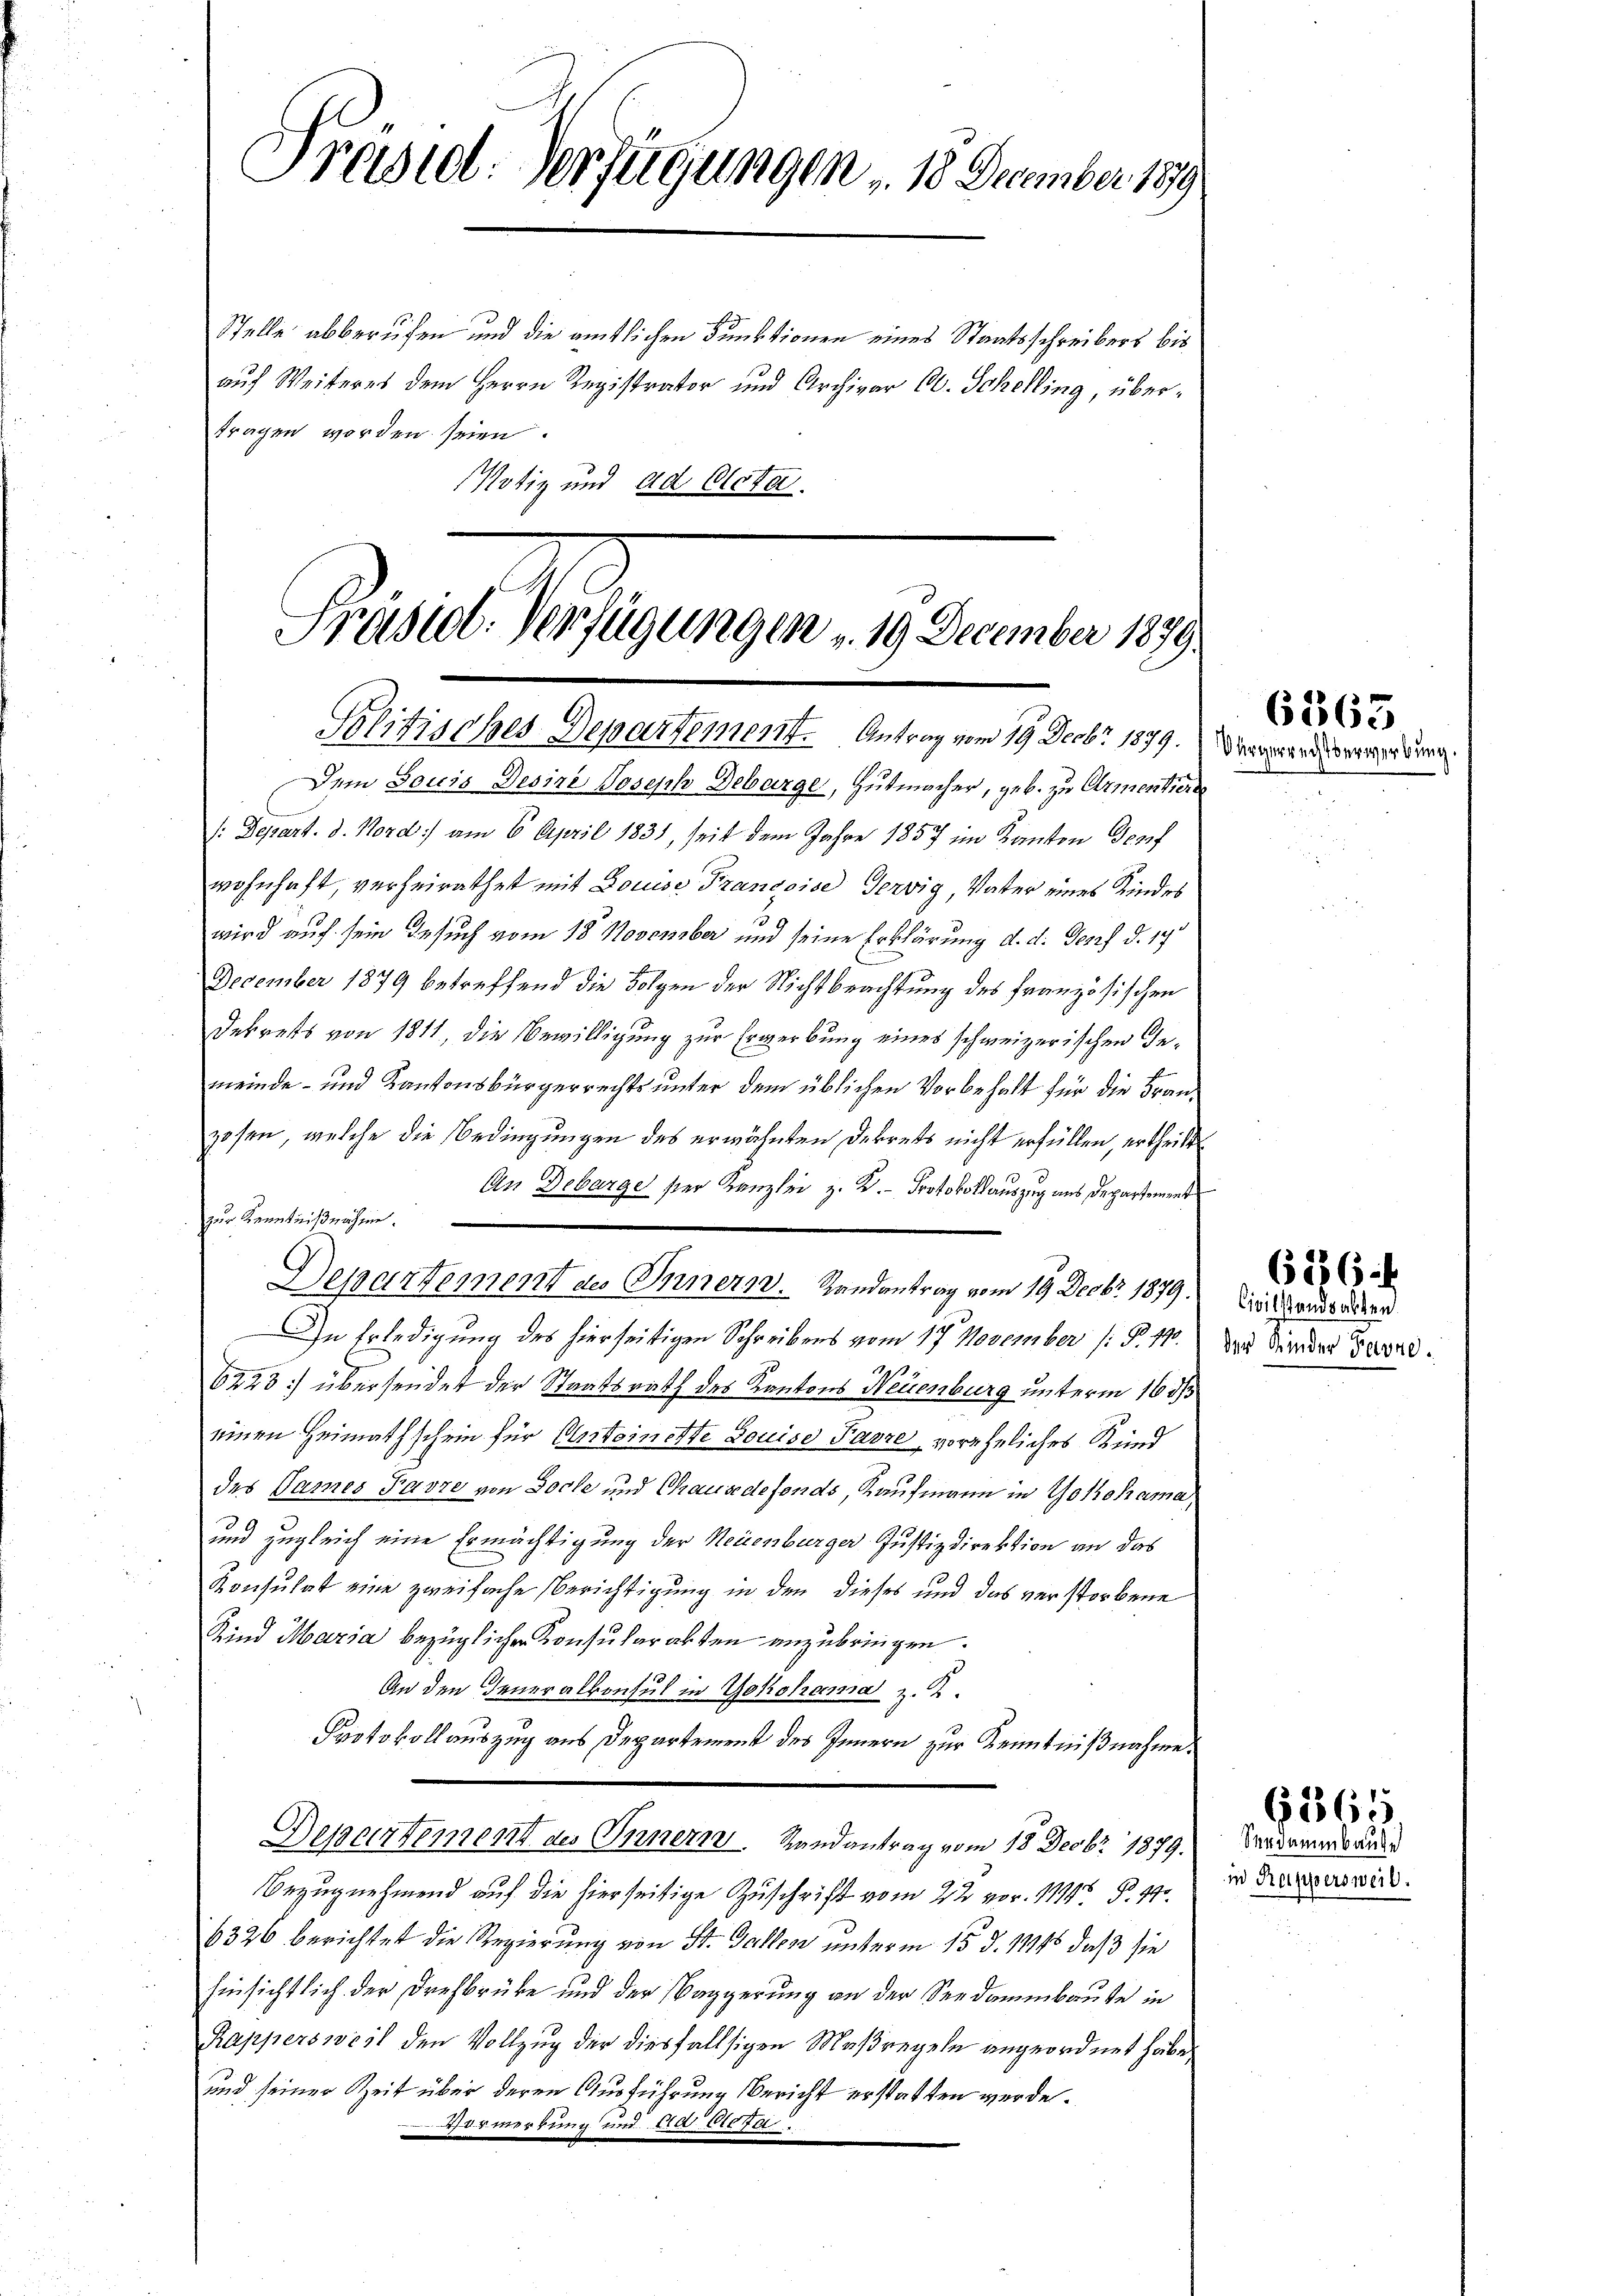
Präsid. Verfügungen , 18 December 189

Stelle abberufen und die amtlichen Funktionen eines Staatsschreibers bis
auf Weiteres dem Herrn Registrator und Archivar Ob. Schelling, übertragen worden seien.
Notiz und ad Clota.

Præsiob. Verfügungen u. 19. December 1879.
Politisches Departement. Antrag vom 19. Decbr 1879. Demand der de

Dem Louis Desine Joseph Debarge, Hutmacher, geb. zu Armentiers
/: Depart. d. Nord am 6. April 1831, seit dem Jahre 1857 im Kanton Dorf
wohnhaft, verheirathet mit Louise Francoise Gervig, Vater eines Kindes
wird auf sein Gesuch vom 18. November und seine Erklärung d. d. Genf d. 17
December 1879 betreffend die Folgen der Nichtbeachtung des französischen
Dekrets von 1811, die Bewilligung zur Erwerbung eines schweizerischen Demeinde- und Kantonsbürgerrechts unter dem üblichen Vorbehalt für die Franzosen, welche die Bedingungen des erwähnten Dekrets nicht erfüllen, ertheilt
An Debarge ser Kanzlei z. K. Protokollauszug aus Departement
zur Kenntnißnahme.
Departement des Innern. Randantrag vom 19. Decbr. 1879.
In Erledigung des hierseitigen Schreibens vom 17. November (§. 10. Das Kindes Band.
6223) übersendet der Staatsrath des Kantons Neuenburg unterm 16 ds
einen Heimathschein für Ansteinette Louise Pasze, voreheliches Kund
des Sames Favre von Socke und Chause defonds Kaufmann in Yokohama,
und zugleich eine Ermächtigung der Neuenburger Justizdirektion an das
Konsulat eine zweifache Berichtigung in den dieses und das verstorbene
Kind Maria bezüglichen Konsularakten anzubringen.
An den Generalkonsul in Yokohama z. Z.
Protokollauszug aus Departement des Innern zur Kenntnißnahme.
Departement des Innern Randantrag vom 18. Decbr. 1879.
Bezugnehmend auf die hierseitige Zuschrift vom 22 vor. 1119. P. 99.
6326 berichtet die Regierung von St. Gallen unterm 15. d. 114, daß sie
hinsichtlich der Drehbrücke und der Baggerung an der Seedammbaute in
Rappersweil den Vollzug der diesfallsigen Maßregeln angeordnet habe,
und seiner Zeit über deren Ausführung Bericht erstatten werde.
rmerkung und 10 Profe

6365

Civilstandsabten

626

Serdammbaute
in Rappersweil.

6365